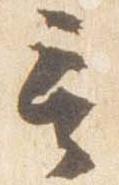
言